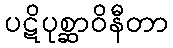
ပဋိပုစ္ဆာဝိနီတာ